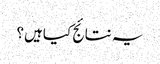
یہ نتائج کیاہیں؟